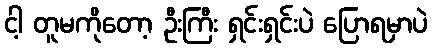
ငါ့ တူမကိုတော့ ဦးကြီး ရှင်းရှင်းပဲ ပြောရမှာပဲ